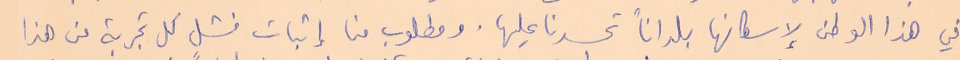
في هذا الوطن لإسكانها بلداناً تحسدنا عليها. ومطلوب من إثبات فشل كل تجربة من هذا